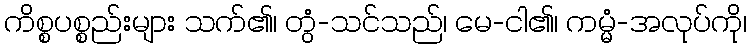
ကိစ္စပစ္စည်းများ သက်၏၊ တွံ-သင်သည်၊ မေ-ငါ၏၊ ကမ္မံ-အလုပ်ကို၊